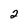
Character: 2